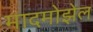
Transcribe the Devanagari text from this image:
मादमोझेल